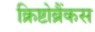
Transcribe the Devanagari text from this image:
क्रिष्टोब्रैंकस